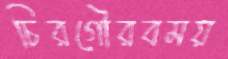
চিরগৌরবময়